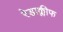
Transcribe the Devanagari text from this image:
रेडाक्लीफ